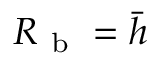
R _ { \mathrm { ~ b ~ } } = \bar { h }